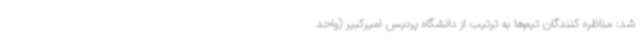
شد: مناظره کنندگان تیم‌ها به ترتیب از دانشگاه پردیس امیرکبیر (واحد